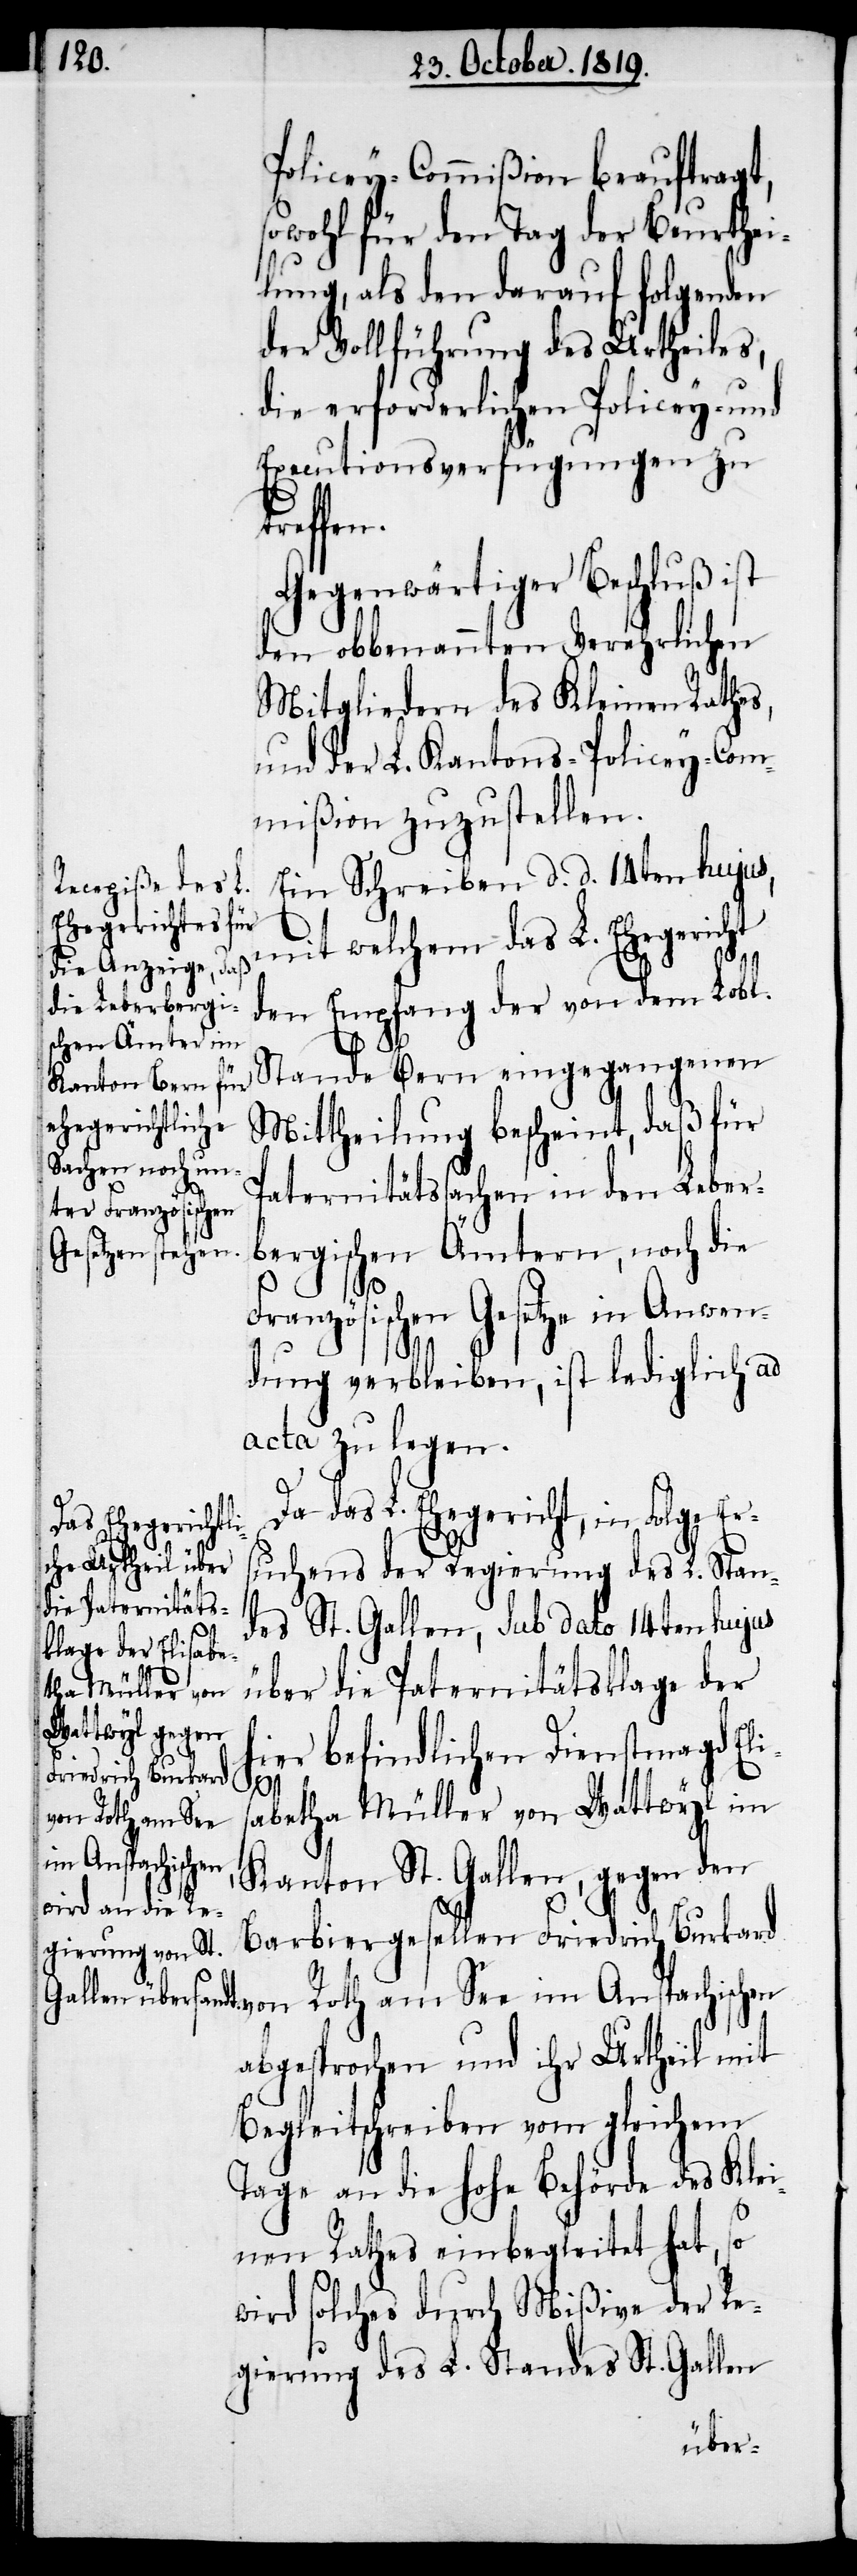
Policey-Commißion beauftragt,
sowohl für den Tag der Beurthei¬
lung, als den darauf folgenden
der Vollführung des Urtheiles,
die erforderlichen Policey- und
Executionsverfügungen zu
Gegenwärtiger Beschluß ist
den obbenannten Verehrlichen
Mitgliedern des Kleinen Rathes,
und der L. Kantons-Policey-Com¬
mißion zuzustellen.
Ein Schreiben d. d. 14. hujus,
mit welchem das L. Ehegericht
den Empfang der von dem Lobl.
Stande Bern eingegangenen
Mittheilung bescheint, daß für
Paternitätssachen in den Leber¬
bergischen Ämtern, noch die
Französischen Gesetze in Anwen¬
dung verbleiben, ist lediglich ad
acta zu legen.
Da das L. Ehegericht, in Folge Er¬
suchens der Regierung des L. Stan¬
des St. Gallen, sub dato 14ten hujus
über die Paternitätsklage der
hier befindlichen Dienstmagd Eli¬
s¬
abetha Müller von Wattwyl im
Kanton St. Gallen, gegen den
Barbiergesellen Friedrich Burkard
von Roth am See im Anspachischen
abgesprochen und ihr Urtheil mit
Begleitschreiben vom gleichem
Tage an die hohe Behörde des Klei¬
nen Rathes einbegleitet hat, so
wird solches durch Mißive der Re¬
gierung des L. Standes St. Gallen